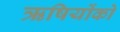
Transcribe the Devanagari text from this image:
ऋषियोंको